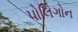
પોલિગોન